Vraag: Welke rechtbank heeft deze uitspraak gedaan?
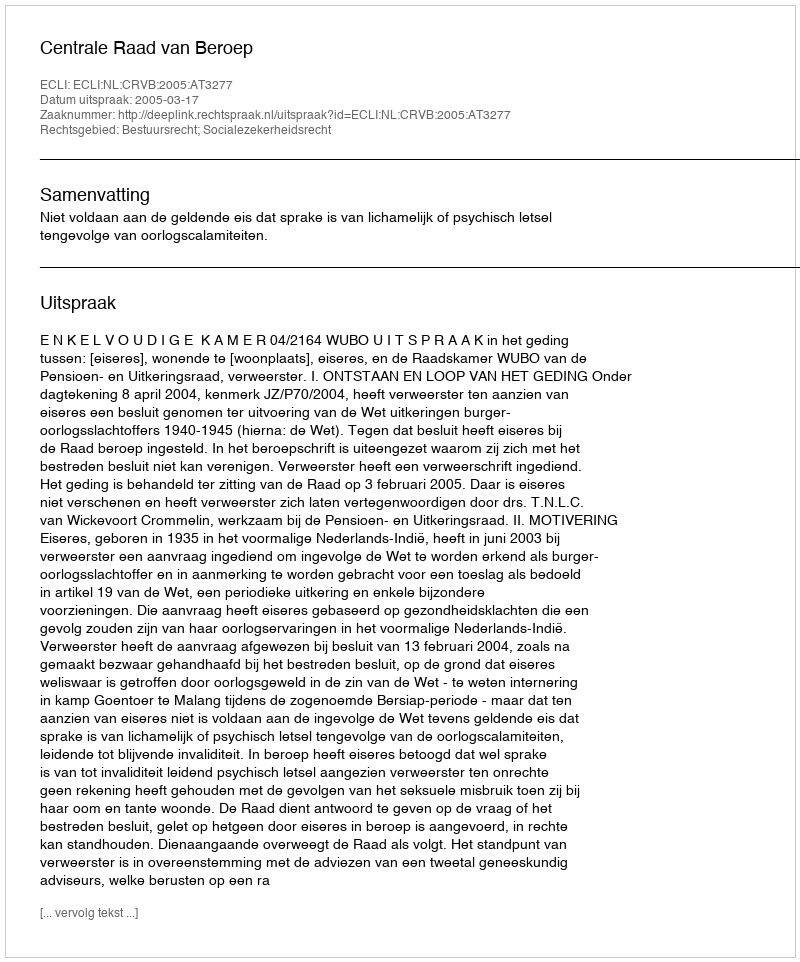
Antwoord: Centrale Raad van Beroep